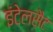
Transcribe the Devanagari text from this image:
इंटेलसैट